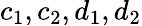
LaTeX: c_{1},c_{2},d_{1},d_{2}